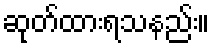
ဆုတ်ထားရသနည်း။